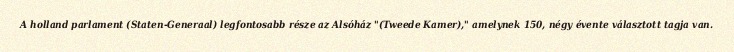
A holland parlament (Staten-Generaal) legfontosabb része az Alsóház "(Tweede Kamer)," amelynek 150, négy évente választott tagja van.